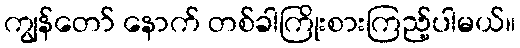
ကျွန်တော် နောက် တစ်ခါကြိုးစားကြည့်ပါမယ်။